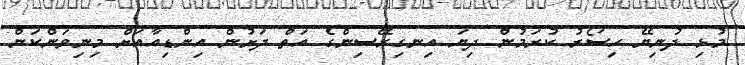
މުޅި ދުނިޔޭ ހިސޯރު ކުރަމުން ދިޔަ އިނގިރޭސިންގެ އަތް ދަށުން އިންޑިއާއަށް މިނިވަންކަން